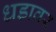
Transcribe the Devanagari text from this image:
धडावर